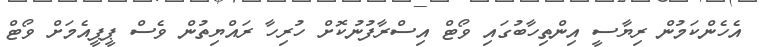
އެހެންކަމުން ރިޔާސީ އިންތިހާބުގައި ވޯޓް އިސްރާފުނުކޮށް ހުރިހާ ރައްޔިތުން ވެސް ޕީޕީއެމަށް ވޯޓް